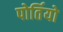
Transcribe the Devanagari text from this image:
पोर्तियो